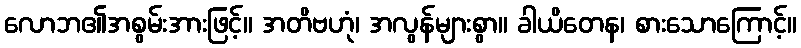
လောဘ၏အစွမ်းအားဖြင့်။ အတိဗဟုံ၊ အလွန်များစွာ။ ခါယိတေန၊ စားသောကြောင့်။